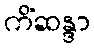
ကိံဆန္ဒာ